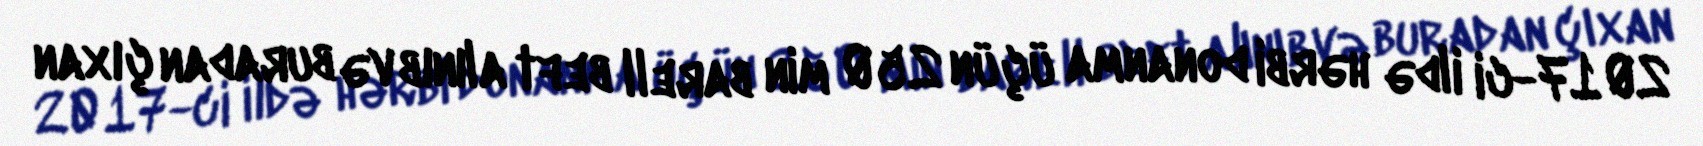
2017-ci ildə hərbi donanma üçün 250 min barell beft alınıb və buradan çıxan